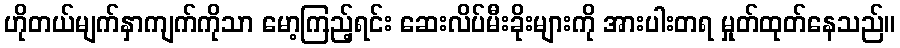
ဟိုတယ်မျက်နှာကျက်ကိုသာ မော့ကြည့်ရင်း ဆေးလိပ်မီးခိုးများကို အားပါးတရ မှုတ်ထုတ်နေသည်။